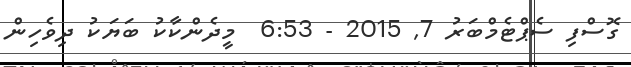
ގޮސްފި ސެޕްޓެމްބަރު 7